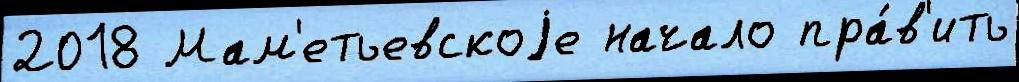
2018 Мам'етьевскоjе начало пра́в'ить